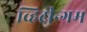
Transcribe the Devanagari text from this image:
व्हिटीन्गम